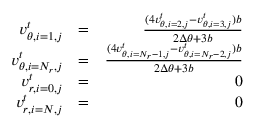
\begin{array} { r l r } { v _ { \theta , i = 1 , j } ^ { t } } & { = } & { \frac { ( 4 v _ { \theta , i = 2 , j } ^ { t } - v _ { \theta , i = 3 , j } ^ { t } ) b } { 2 \Delta \theta + 3 b } } \\ { v _ { \theta , i = N _ { r } , j } ^ { t } } & { = } & { \frac { ( 4 v _ { \theta , i = N _ { r } - 1 , j } ^ { t } - v _ { \theta , i = N _ { r } - 2 , j } ^ { t } ) b } { 2 \Delta \theta + 3 b } } \\ { v _ { r , i = 0 , j } ^ { t } } & { = } & { 0 } \\ { v _ { r , i = N , j } ^ { t } } & { = } & { 0 } \end{array}